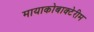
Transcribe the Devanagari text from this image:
मायाकोबाक्टेरीम